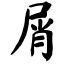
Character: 屑